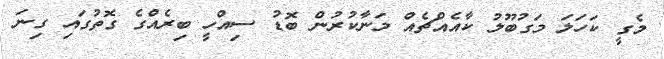
މެގީ ކަހަލަ މަގުބޫލު ކާއެއްޗެއް މަނާކުރުން ބޮޑު ސިއްހީ ބިރެއްގެ ގޮތުގައި ގިނަ